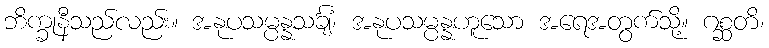
ဘိက္ခုနီသည်လည်း။ အနုပသမ္ပန္နသင်္ချံ၊ အနုပသမ္ပန္နဟူသော အရေအတွက်သို့။ ဂစ္ဆတိ၊